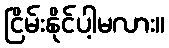
ငြိမ်းနိုင်ပါ့မလား။